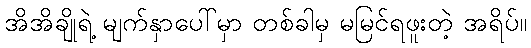
အိအိချိုရဲ့ မျက်နှာပေါ်မှာ တစ်ခါမှ မမြင်ရဖူးတဲ့ အရိပ်။